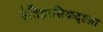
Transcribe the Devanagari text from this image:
ऐतिहासिकदृष्टय़ा